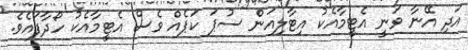
އަދި އޭނާ ވަނީ އެޓީމާއެކު އިޓާލިއަން ސުޕަ ކަޕެއް ވެސް އެޓީމާއެކު ހޯދާފައެވެ.